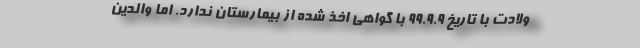
ولادت با تاریخ ۹۹.۹.۹ با گواهی اخذ شده از بیمارستان ندارد. اما والدین